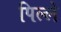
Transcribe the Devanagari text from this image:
पिल्‍ले